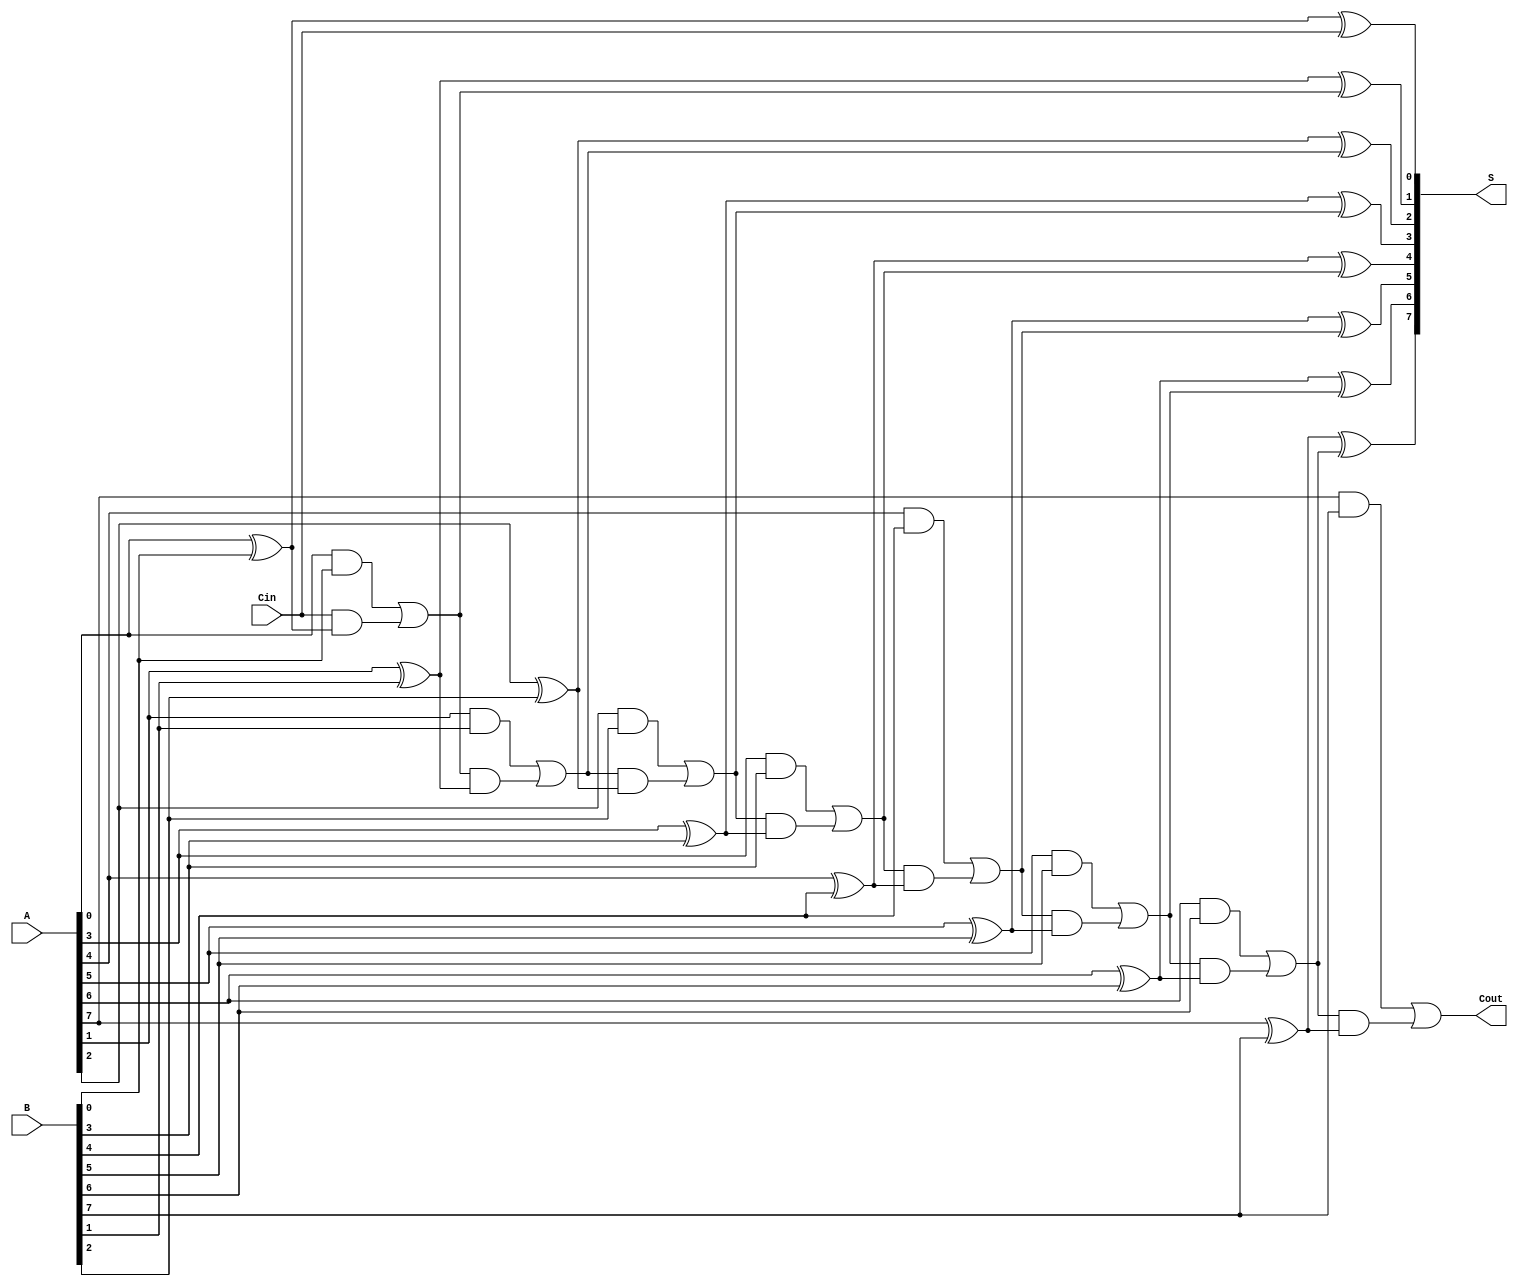
module LingAdder #(parameter n = 8) (
    input [n-1:0] A,      // First n-bit binary number
    input [n-1:0] B,      // Second n-bit binary number
    input Cin,            // Carry-in bit
    output [n-1:0] S,     // Sum output
    output Cout           // Carry-out bit
);

    wire [n:0] C;         // Carry bits, C[0] = Cin, C[n] = Cout

    // Generate carry bits
    assign C[0] = Cin; // Initial carry-in

    genvar i;
    generate
        for (i = 0; i < n; i = i + 1) begin : carry_generation
            // Carry generation logic
            assign C[i+1] = (A[i] & B[i]) | (C[i] & (A[i] ^ B[i]));
        end
    endgenerate

    // Generate sum bits
    generate
        for (i = 0; i < n; i = i + 1) begin : sum_generation
            // Sum generation logic
            assign S[i] = A[i] ^ B[i] ^ C[i];
        end
    endgenerate

    // Final carry-out
    assign Cout = C[n];

endmodule